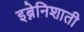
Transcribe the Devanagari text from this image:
इब्नेनिशाती